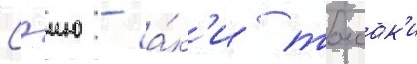
Сэию - а́к'и тоесак'и